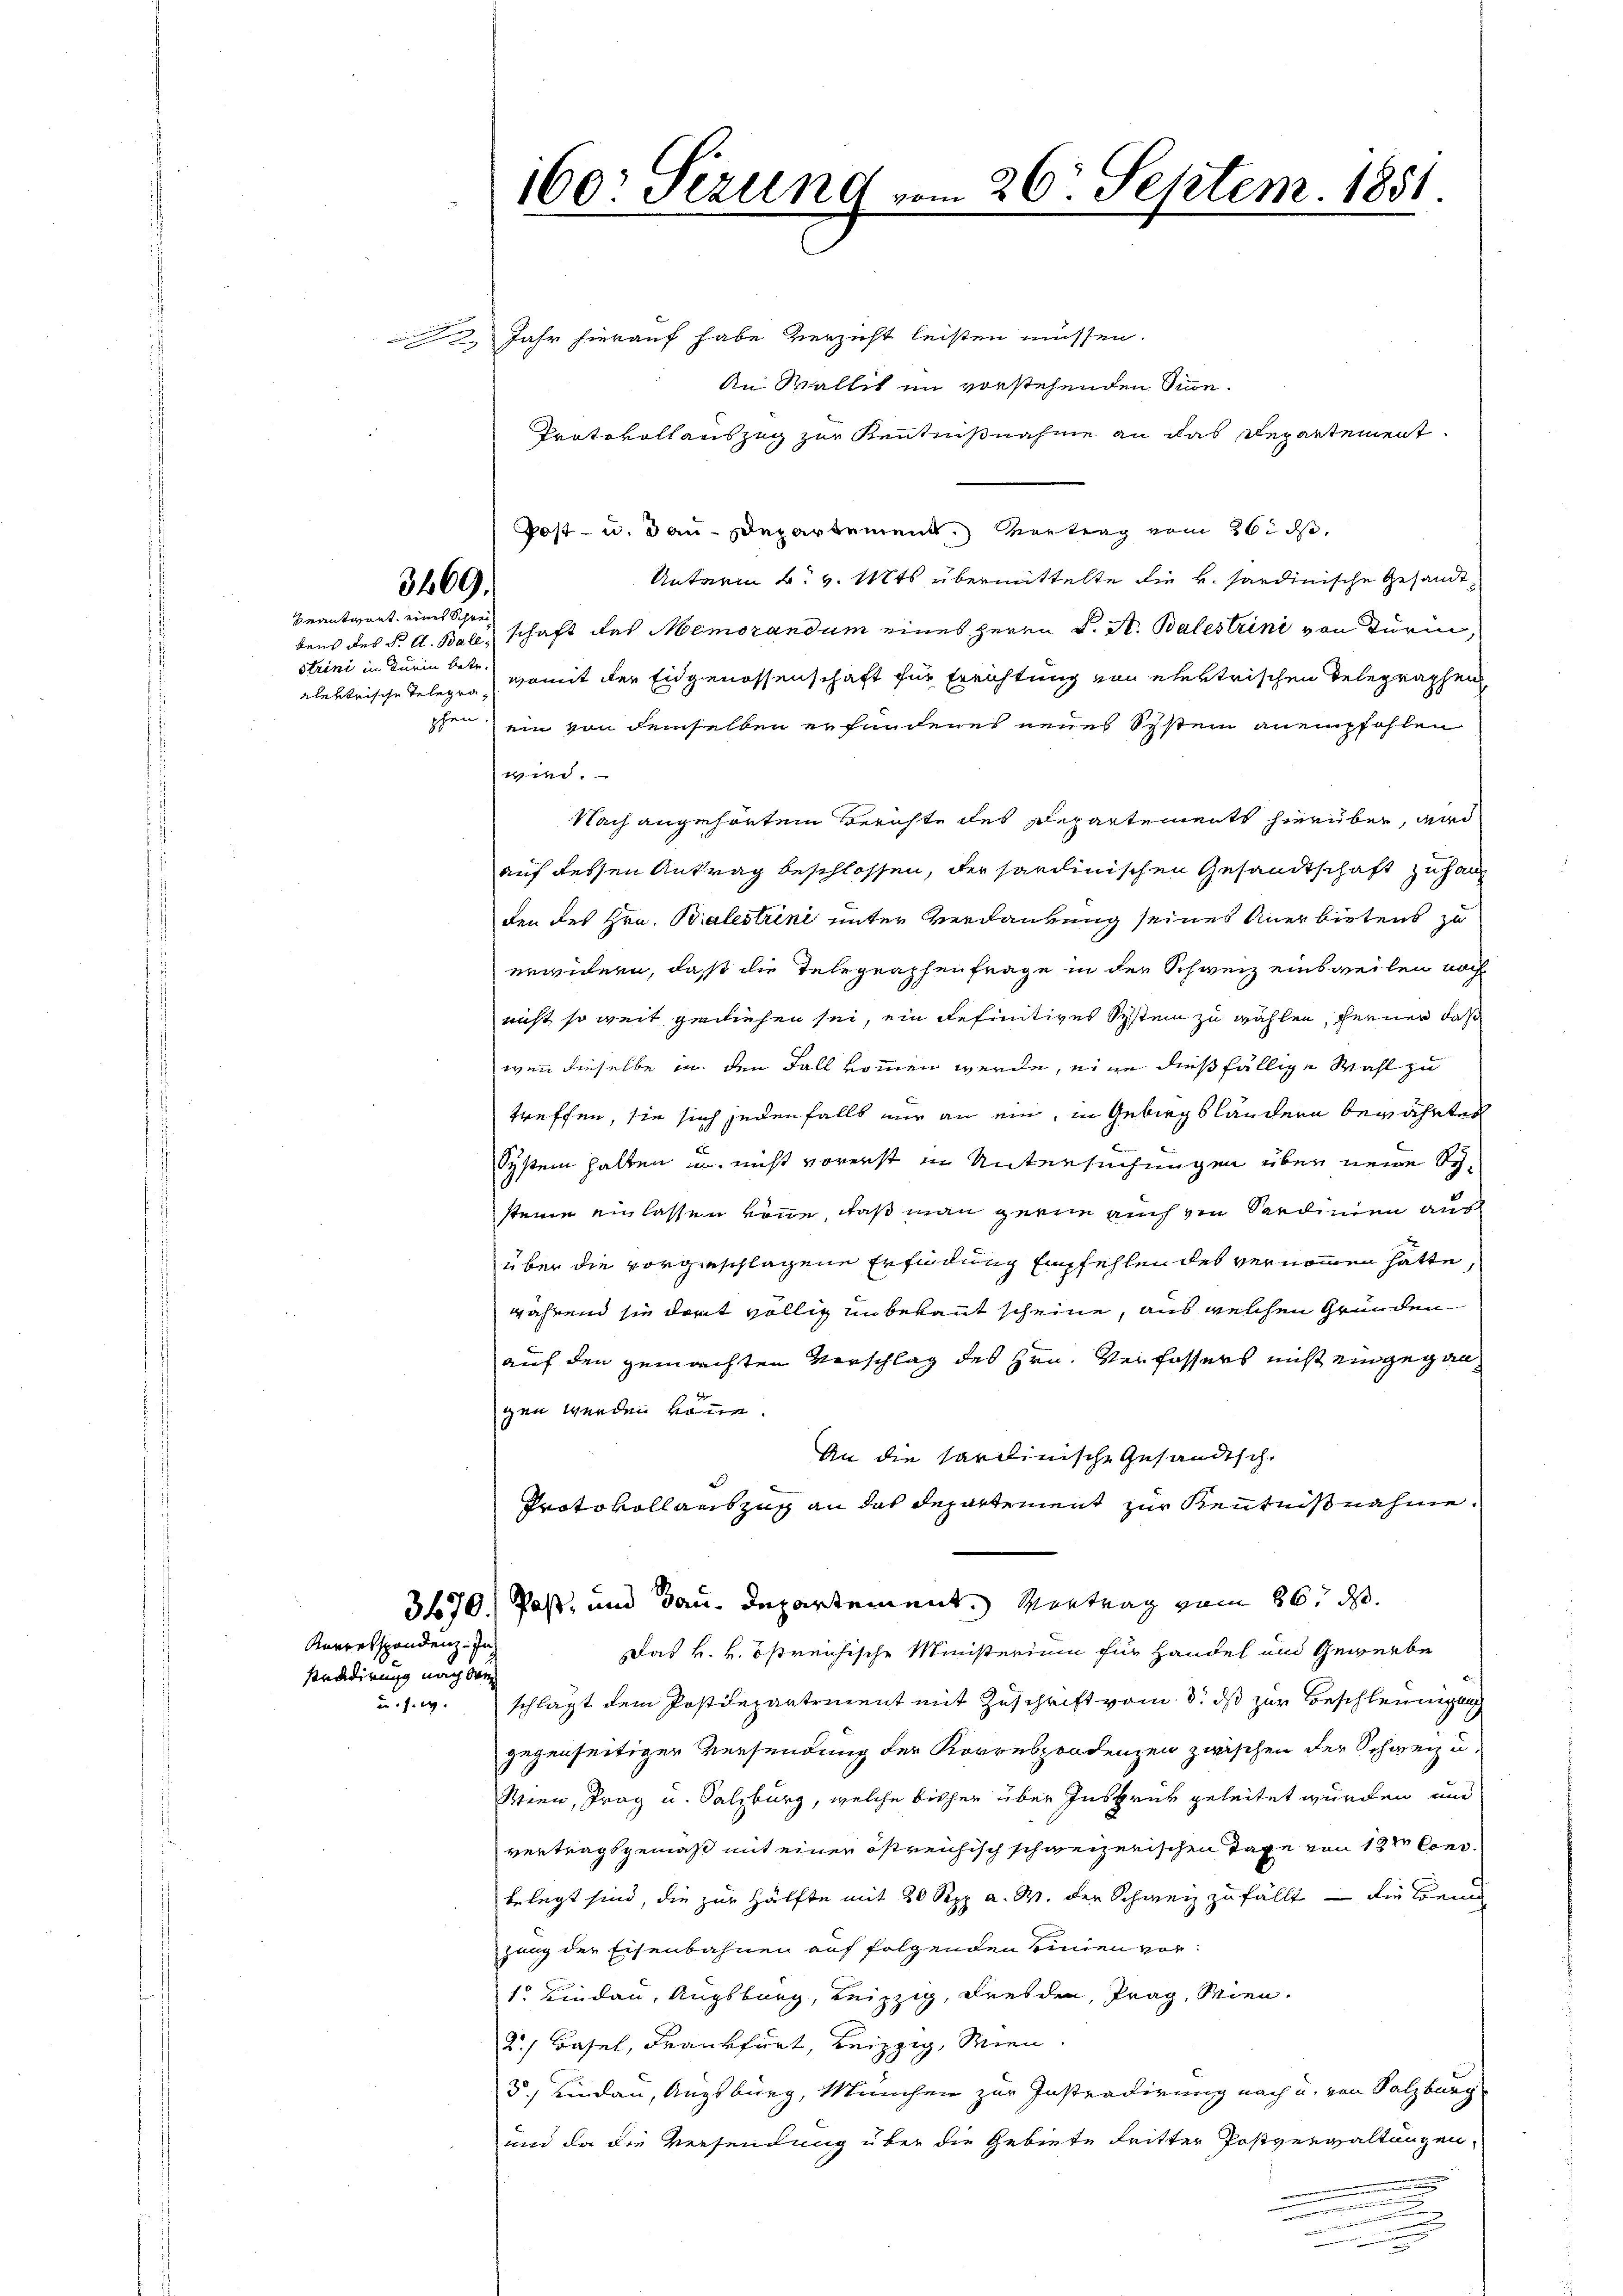
3469.

beantwort eines Schreibens des S. A. Ball,
strini in Turin betr.
elektrische Telegra¬

sradirung nach de

Jahr hierauf habe verzicht leisten müssen.
An Wallit im vorstehenden Sinne¬
Protokollauszug zur Kenntnißnahme an das Departement
Post- u. Bau-Departement. Vertrag vom 26. ds,
Unterm 6. v. Mts. übermittelte die v. Sardinische Gesandtschaft das Memorandum eines Herrn K. A. Balestrini von Turin,
womit der Eidgenossenschaft für Errichtung von ehestrischen Delegraphen
pchen ein von demselben erfundenes neues Schstein anempfohlen
wird.
Nach angehörtem Berichte des Departements hierüber, wird
auf dessen Antrag beschlossen, der sardinischen Gesandtschaft zu haup
den des Hrn. Bralestrini unter Verdankung seines Anerbietens zu
erwidern, daß die Telegraphenfrage in den Schweiz einsweilen noch
nicht so weit gewiesen sei, ein definitives System zu wählen, ferner das
wenn dieselbe in den Fall kommen werde, eine dießfällige Wahl zu
treffen, sie sich jedenfalls nur an ein, in Gebirgsländern bewährtes
System halten u. nicht vorerst in Untersuchungen über neue Systeine ein lassen könne, daß man gerne auch ein Sardinien aus
über die vorgeschlagene Erfindung empfehlen des vernommen hätte,
während sie dort völlig unbekannt scheine, aus welchen Gründen
auf den gemachten Vorschlag des Hrn. Verfassers nicht eingegangen werden könne.
An die Sardinische Gesandtsch.
Protokollantzug an das Departement zur Kenntnißnahme.
3670. Post, und Bau-Departement. Vortrag vom 26. ds.
Karrespondenz. In
Das k. k. östreichische Ministerium für Handel und Gewerbe
u. s. w. schlägt dem Postdepartement mit Zuschrift vom 3. ds zur Beschleunigung
gegenseitiger Versendung der Korrespondenzen zwischen der Schweiz u.
Wien, Prag u. Salzburg, welche bisher über Insbruk geleitet wurden und
vertragsgemäß mit einer östreichisch schweizerischen Tage von 13t Conc
belegt sind, die zur Hälfte mit 20 Sepp a. W. der Schweiz zufällt – die Bein
zung der Eisenbahnen auf folgenden Kinden vor¬
1 Lindau, Augsburg, Leipzig, Freiden, Prag, Wien.
2.) Basel, Frankfurt, Leipzig, Wien.
5.) Kinden, Augsburg, München zur Instradirung nach u. von Salzburg
und da die Versendung über die Gebiete Fritter Postverwaltungen,
.

160: Sezung vom 26. Septem. 1851.